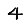
Digit: 4